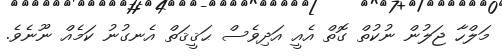
މަލްހާ ޖަލުން ނުކުތް ގޮތް އެއީ އަދިވެސް ޙަޤީޤަތް އެނގުނު ކަމެއް ނޫނެވެ.